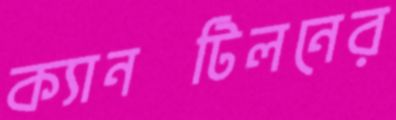
ক্যানটিলনের